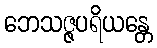
ဘေသဇ္ဇပရိယန္တေ